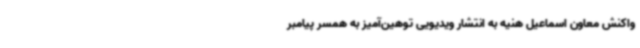
واکنش معاون اسماعیل هنیه به انتشار ویدیویی توهین‌آمیز به همسر پیامبر